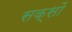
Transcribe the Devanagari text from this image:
सक्सों